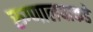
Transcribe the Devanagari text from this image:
रुग्णालयाकडे